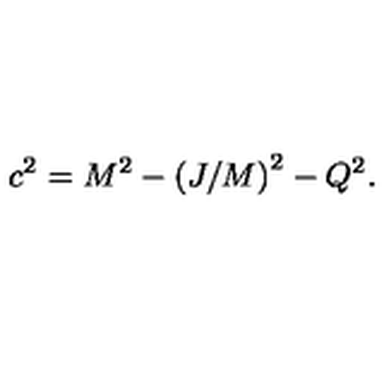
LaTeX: c ^ { 2 } = M ^ { 2 } - \left( J / M \right) ^ { 2 } - Q ^ { 2 } .